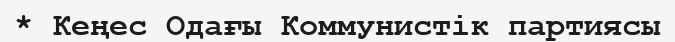
* Кеңес Одағы Коммунистік партиясы